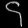
Digit: ၄